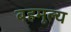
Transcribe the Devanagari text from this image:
बहमूल्य